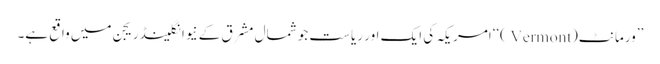
’’ورمانٹ(Vermont )‘‘امریکہ کی ایک اور ریاست جو شمال مشرق کے نیوانگلینڈریجن میں واقع ہے۔